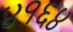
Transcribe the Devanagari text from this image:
४१६४